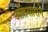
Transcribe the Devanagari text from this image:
अतिसाराने